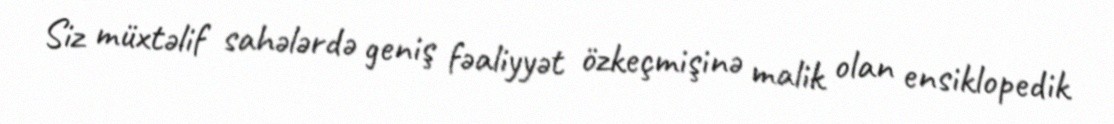
Siz müxtəlif sahələrdə geniş fəaliyyət özkeçmişinə malik olan ensiklopedik